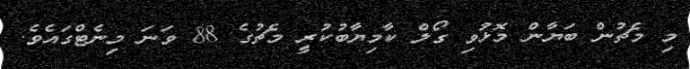
މި މެޗުން ބަޔާން މޮޅުވި ގޯލް ކާމިޔާބުކުރީ މެޗުގެ 88 ވަނަ މިނެޓްގައެވެ.